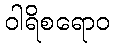
ဝါရိစရောဝ